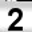
Digit: 2